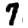
Digit: 7